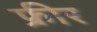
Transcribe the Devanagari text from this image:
फ्रीर